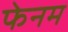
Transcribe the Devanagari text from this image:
फेनम